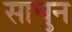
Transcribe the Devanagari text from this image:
साचुन